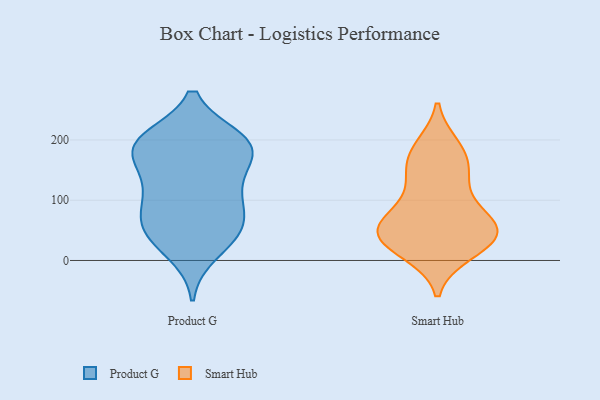
{"axis": {"x": "Website Visitors", "y": "Value"}, "legend": ["Product G", "Smart Hub"], "data": [{"x": "", "y": 195, "type": "Product G"}, {"x": "", "y": 46, "type": "Product G"}, {"x": "", "y": 56, "type": "Product G"}, {"x": "", "y": 137, "type": "Product G"}, {"x": "", "y": 190, "type": "Product G"}, {"x": "", "y": 49, "type": "Product G"}, {"x": "", "y": 104, "type": "Product G"}, {"x": "", "y": 191, "type": "Product G"}, {"x": "", "y": 53, "type": "Product G"}, {"x": "", "y": 90, "type": "Product G"}, {"x": "", "y": 192, "type": "Product G"}, {"x": "", "y": 110, "type": "Product G"}, {"x": "", "y": 159, "type": "Product G"}, {"x": "", "y": 14, "type": "Product G"}, {"x": "", "y": 190, "type": "Product G"}, {"x": "", "y": 200, "type": "Product G"}, {"x": "", "y": 13, "type": "Smart Hub"}, {"x": "", "y": 51, "type": "Smart Hub"}, {"x": "", "y": 98, "type": "Smart Hub"}, {"x": "", "y": 158, "type": "Smart Hub"}, {"x": "", "y": 189, "type": "Smart Hub"}, {"x": "", "y": 189, "type": "Smart Hub"}, {"x": "", "y": 28, "type": "Smart Hub"}, {"x": "", "y": 166, "type": "Smart Hub"}, {"x": "", "y": 68, "type": "Smart Hub"}, {"x": "", "y": 139, "type": "Smart Hub"}, {"x": "", "y": 65, "type": "Smart Hub"}, {"x": "", "y": 126, "type": "Smart Hub"}, {"x": "", "y": 45, "type": "Smart Hub"}, {"x": "", "y": 12, "type": "Smart Hub"}, {"x": "", "y": 40, "type": "Smart Hub"}, {"x": "", "y": 61, "type": "Smart Hub"}, {"x": "", "y": 38, "type": "Smart Hub"}, {"x": "", "y": 54, "type": "Smart Hub"}]}